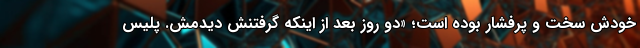
خودش سخت و پرفشار بوده است؛ «دو روز بعد از اینکه گرفتنش دیدمش. پلیس